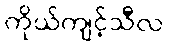
ကိုယ်ကျင့်သီလ